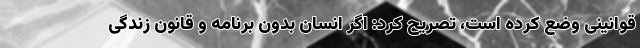
قوانینی وضع کرده است، تصریح کرد: اگر انسان بدون برنامه و قانون زندگی